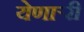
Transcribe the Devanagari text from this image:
येणार्‍री